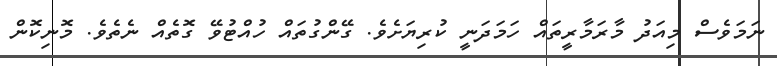
ނަމަވެސް މިއަދު މާރަމާރީތައް ހަމަދަނީ ކުރިޔަށެވެ. ގޭންގުތައް ހުއްޓުވޭ ގޮތެއް ނެތެވެ. މޮނިކޮން